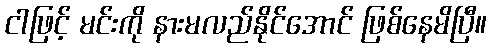
ငါဖြင့် မင်းကို နားမလည်နိုင်အောင် ဖြစ်နေမိပြီ။